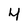
Character: 4